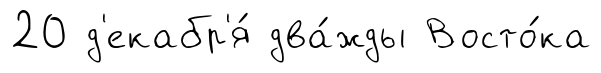
20 д'екабр'я́ два́жды Восто́ка